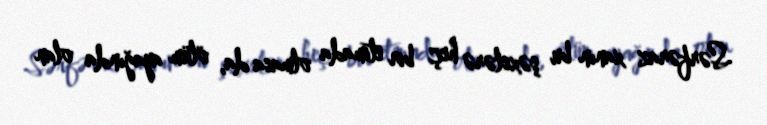
Sərfəraz xanın bu şəxslərə heç bir etimada olmasa da, ölüm ayağında olan